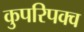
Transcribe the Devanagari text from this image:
कुपरिपक्व